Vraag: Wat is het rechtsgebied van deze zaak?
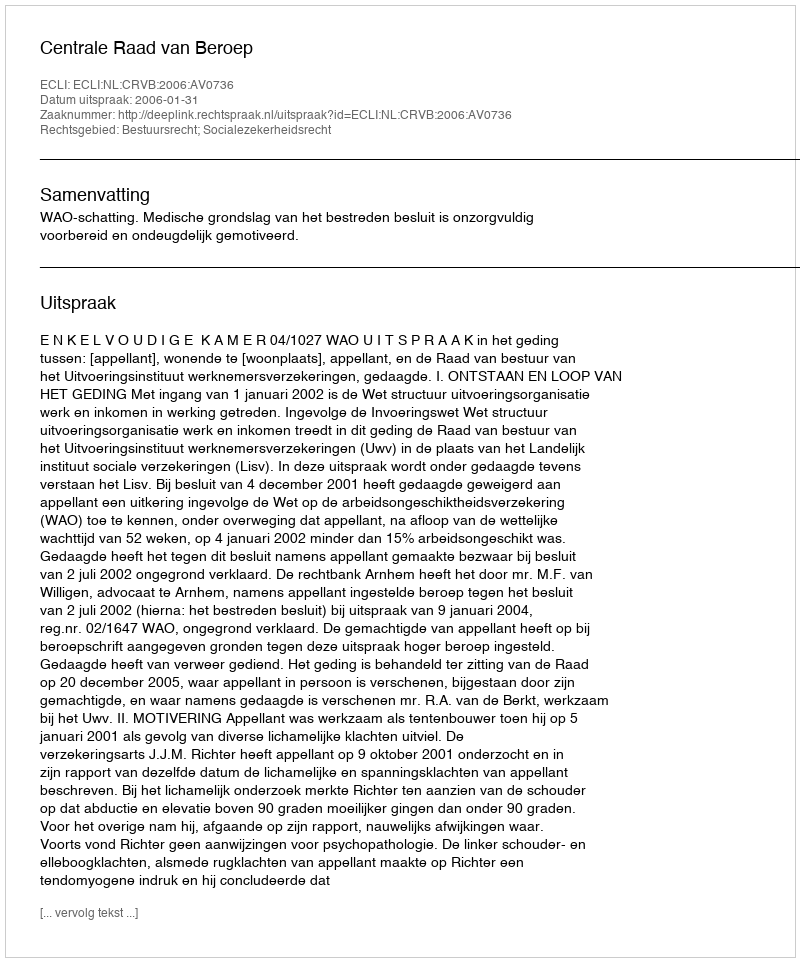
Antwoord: Bestuursrecht; Socialezekerheidsrecht